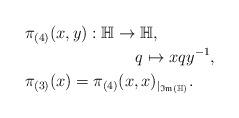
LaTeX: \begin{align*} &\pi_{(4)}(x,y):\mathbb{H}\to\mathbb{H},\\ &\;\;\;\;\;\;\;\;\;\;\;\;\;\;\;\;\;\;\;\;\;\;\;\;q\mapsto xqy^{-1},\\ &\pi_{(3)}(x)=\pi_{(4)}(x,x)_{|_{\mathfrak{Im}(\mathbb{H})}}.\end{align*}